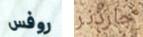
روفس جاردنر